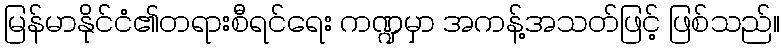
မြန်မာနိုင်ငံ၏တရားစီရင်ရေး ကဏ္ဍမှာ အကန့်အသတ်ဖြင့် ဖြစ်သည်။